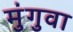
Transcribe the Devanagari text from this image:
मुंगुवा